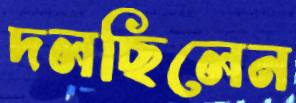
দলছিলেন